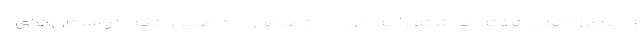
زمین‌لرزه‌های هفته گذشته را به خود اختصاص داد ضمن آنکه در استان‌های